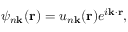
\psi _ { n \mathbf k } ( \mathbf { r } ) = u _ { n \mathbf { k } } ( \mathbf { r } ) e ^ { i \mathbf { k \cdot r } } ,